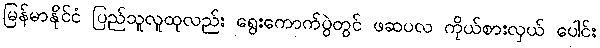
မြန်မာနိုင်ငံ ပြည်သူလူထုလည်း ရွေးကောက်ပွဲတွင် ဖဆပလ ကိုယ်စားလှယ် ပေါင်း